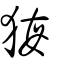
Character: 𤞦